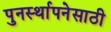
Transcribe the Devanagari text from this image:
पुनर्स्थापनेसाठी